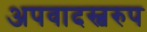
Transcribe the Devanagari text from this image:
अपवादस्वरुप